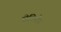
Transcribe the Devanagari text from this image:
रोटिनौन